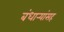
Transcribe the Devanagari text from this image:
बंधार्‍यांसह